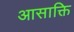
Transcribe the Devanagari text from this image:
आसाक्ति